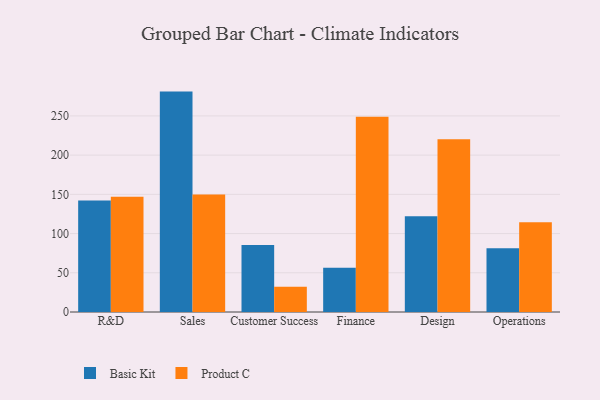
{"axis": {"x": "Department", "y": "Page Views"}, "legend": ["Basic Kit", "Product C"], "data": [{"x": "R&D", "y": 142.1, "type": "Basic Kit"}, {"x": "R&D", "y": 146.9, "type": "Product C"}, {"x": "Sales", "y": 281.0, "type": "Basic Kit"}, {"x": "Sales", "y": 149.8, "type": "Product C"}, {"x": "Customer Success", "y": 85.5, "type": "Basic Kit"}, {"x": "Customer Success", "y": 32.2, "type": "Product C"}, {"x": "Finance", "y": 56.3, "type": "Basic Kit"}, {"x": "Finance", "y": 249.0, "type": "Product C"}, {"x": "Design", "y": 122.2, "type": "Basic Kit"}, {"x": "Design", "y": 220.1, "type": "Product C"}, {"x": "Operations", "y": 81.2, "type": "Basic Kit"}, {"x": "Operations", "y": 114.4, "type": "Product C"}]}